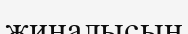
жиналысын